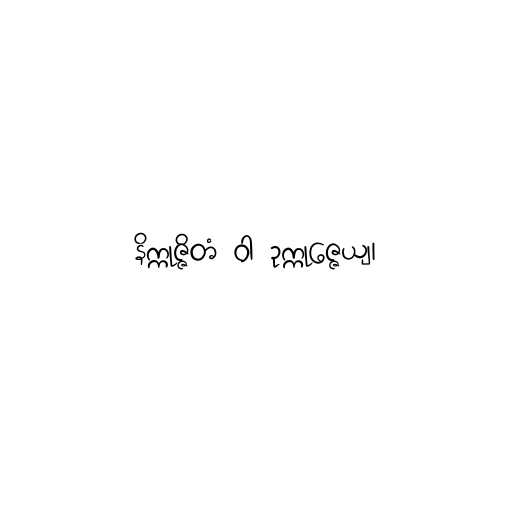
နိက္ကုဇ္ဇိတံ ဝါ ဥက္ကုဇ္ဇေယျ၊